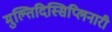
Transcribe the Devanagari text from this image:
मुल्तिदिस्सिप्लिनारी